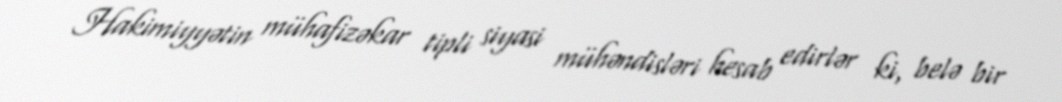
Hakimiyyətin mühafizəkar tipli siyasi mühəndisləri hesab edirlər ki, belə bir